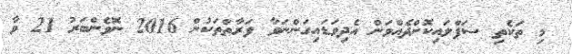
މި ތަކެތި ސަޕްލައިކޮށްދެއްވަން އެދިވަޑައިގަންނަވާ ފަރާތްތަކުން 2016 ނޮވެންބަރު 21 ވާ